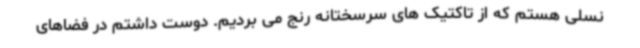
نسلی هستم که از تاکتیک های سرسختانه رنج می بردیم. دوست داشتم در فضاهای